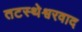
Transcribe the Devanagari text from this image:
तटस्थेश्वरवाद